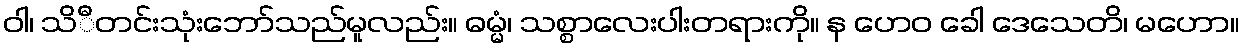
ဝါ၊ သိီတင်းသုံးဘော်သည်မူလည်း။ ဓမ္မံ၊ သစ္စာလေးပါးတရားကို။ န ဟေဝ ခေါ ဒေသေတိ၊ မဟော။